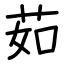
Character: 茹